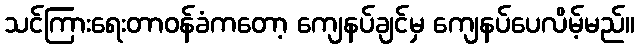
သင်ကြားရေးတာဝန်ခံကတော့ ကျေနပ်ချင်မှ ကျေနပ်ပေလိမ့်မည်။